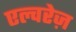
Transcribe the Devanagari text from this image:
एल्वरेज़